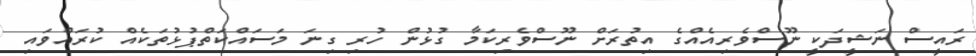
ރައީސް ނަޝީދަކީ ނޫސްވެރިއެއްގެ އިތުރަށް ނޫސްވެރިކަމާ ގުޅުން ހުރި ގިނަ މަސައްކަތްޕުޅުތަކެއް ކުރައްވައި